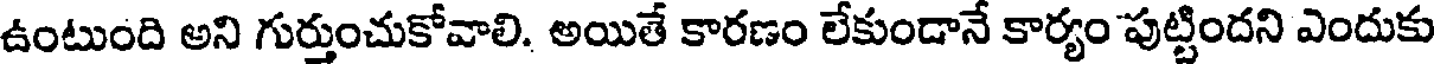
ఉంటుంది అని గుర్తుంచుకోవాలి. అయితే కారణం లేకుండానే కార్యం పుట్టిందని ఎందుకు